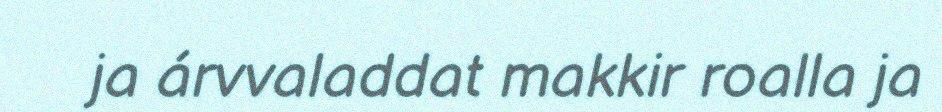
ja árvvaladdat makkir roalla ja